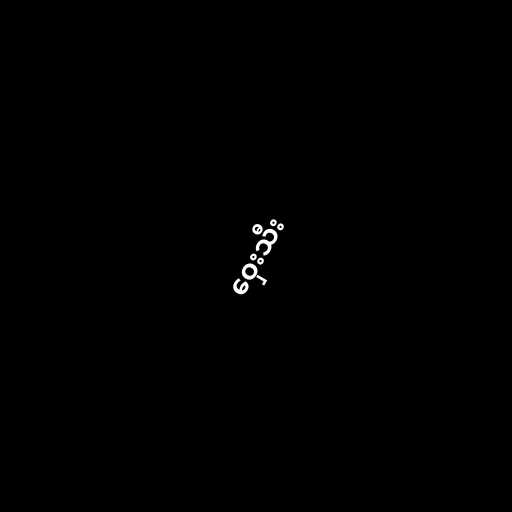
ဝှေးသီး